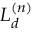
{ \cal L } _ { d } ^ { ( n ) }